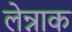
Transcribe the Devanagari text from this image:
लेन्नाक